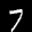
Label: 7